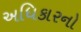
અધિકારનો